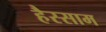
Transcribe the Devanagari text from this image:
हैस्साम